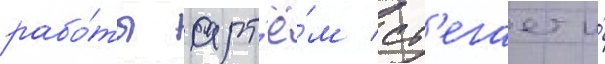
рабо́ты арт'ё́м сб'егает и́